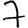
Digit: 7